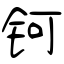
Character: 钶